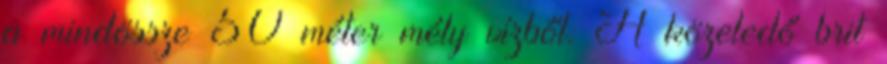
a mindössze 50 méter mély vízből. A közeledő brit